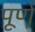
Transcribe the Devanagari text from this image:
पूर्ण